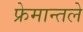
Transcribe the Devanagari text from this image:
फ्रेमान्तले